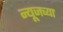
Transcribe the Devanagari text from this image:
न्यूजच्या